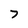
Character: 7